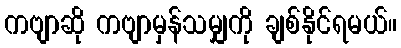
ကဗျာဆို ကဗျာမှန်သမျှကို ချစ်နိုင်ရမယ်။